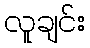
လူချင်း